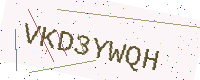
Text: VKD3YWQH